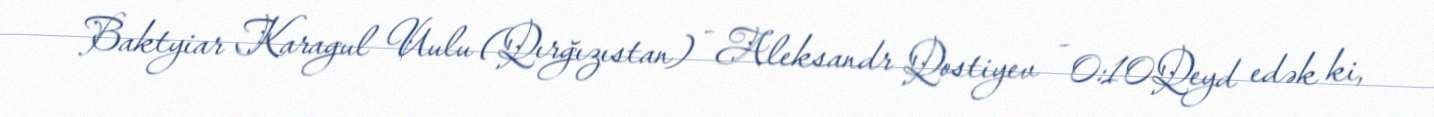
Baktyiar Karagul Uulu (Qırğızıstan) - Aleksandr Qostiyev - 0:10Qeyd edək ki,